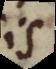
is